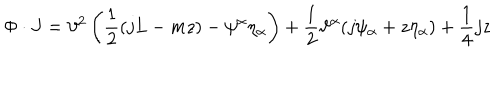
LaTeX: \Phi \cdot J = \vartheta ^ { 2 } \left( \frac { 1 } { 2 } ( j L - m z ) - \psi ^ { \alpha } \eta _ { \alpha } \right) + \frac { 1 } { 2 } \vartheta ^ { \alpha } ( j \psi _ { \alpha } + z \eta _ { \alpha } ) + \frac { 1 } { 4 } j z